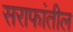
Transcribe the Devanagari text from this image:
सराफांतील